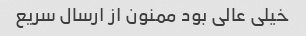
خیلی عالی بود ممنون از ارسال سریع